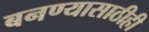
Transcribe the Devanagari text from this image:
बनण्यासाठीही